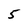
Character: 5